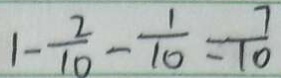
1 - \frac { 2 } { 1 0 } - \frac { 1 } { 1 0 } = \frac { 7 } { 1 0 }